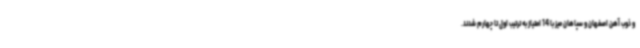
و ذوب آهن اصفهان و سپاهان میز با 14 امتیاز به ترتیب اول تا چهارم شدند.